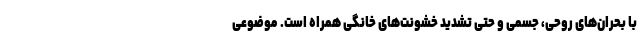
با بحران‌های روحی، جسمی و حتی تشدید خشونت‌های خانگی همراه است. موضوعی